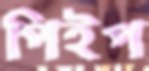
পিইপ